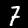
Digit: 7